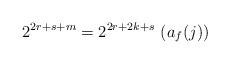
LaTeX: \begin{align*}2^{2r+s+m} = 2^{2r+2k+s}\,\,(a_f(j)) \end{align*}